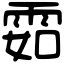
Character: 𩂰